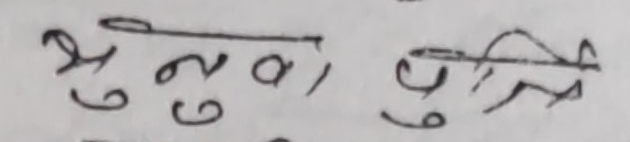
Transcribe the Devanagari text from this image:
सुनुवाइ